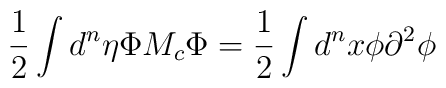
\frac{1}{2}\int{d^n\eta}{\Phi}{M_c}{\Phi} = \frac{1}{2}\int{d^nx}{\phi}{\partial}^2{\phi}